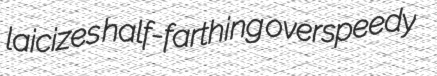
laicizes half-farthing overspeedy